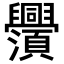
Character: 𬜃